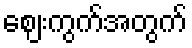
ဈေးကွက်အတွက်